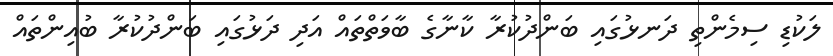
ލަކުޑި ސިމެންތި ދަނޅުގައި ބަންދުކުރާ ކާނާގެ ބާވަތްތައް އަދި ދަޅުގައި ބަންދުކުރާ ބުއިންތައް